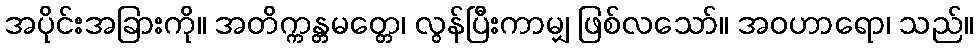
အပိုင်းအခြားကို။ အတိက္ကန္တမတ္တေ၊ လွန်ပြီးကာမျှ ဖြစ်လသော်။ အဝဟာရော၊ သည်။